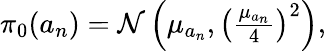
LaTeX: \begin{array}{r}{\pi_{0}(a_{n})=\mathcal{N}\left(\mu_{a_{n}},\left(\frac{\mu_{a_{n}}}{4}\right)^{2}\right),}\end{array}